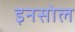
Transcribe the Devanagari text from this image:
इनसोल